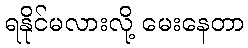
ရနိုင်မလားလို့ မေးနေတာ